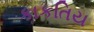
કાકતિય